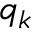
q _ { k }